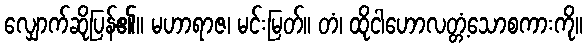
လျှောက်ဆိုပြန်၏။ မဟာရာဇ၊ မင်းမြတ်။ တံ၊ ထိုငါဟောလတ္တံ့သောစကားကို။